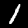
Label: 1